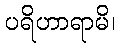
ပရိဟာရာမိ၊